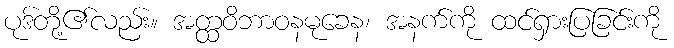
ပုဒ်တို့၏လည်း။ အတ္ထဝိဘာဝနမုခေန၊ အနက်ကို ထင်ရှားပြခြင်းကို